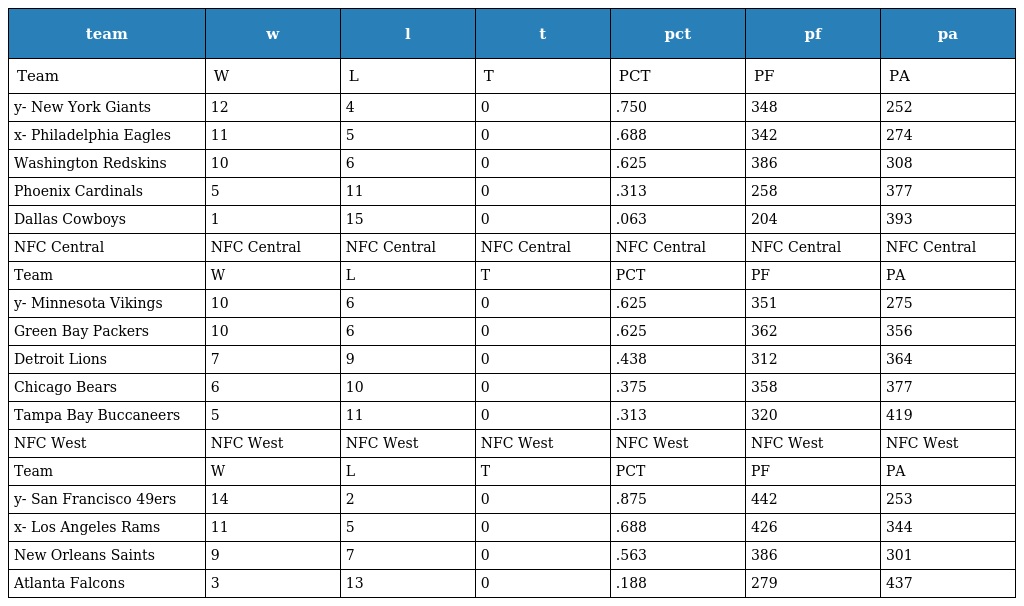
| team | w | l | t | pct | pf | pa |
 | --- | --- | --- | --- | --- | --- | --- |
 | Team | W | L | T | PCT | PF | PA |
 | y- New York Giants | 12 | 4 | 0 | .750 | 348 | 252 |
 | x- Philadelphia Eagles | 11 | 5 | 0 | .688 | 342 | 274 |
 | Washington Redskins | 10 | 6 | 0 | .625 | 386 | 308 |
 | Phoenix Cardinals | 5 | 11 | 0 | .313 | 258 | 377 |
 | Dallas Cowboys | 1 | 15 | 0 | .063 | 204 | 393 |
 | NFC Central | NFC Central | NFC Central | NFC Central | NFC Central | NFC Central | NFC Central |
 | Team | W | L | T | PCT | PF | PA |
 | y- Minnesota Vikings | 10 | 6 | 0 | .625 | 351 | 275 |
 | Green Bay Packers | 10 | 6 | 0 | .625 | 362 | 356 |
 | Detroit Lions | 7 | 9 | 0 | .438 | 312 | 364 |
 | Chicago Bears | 6 | 10 | 0 | .375 | 358 | 377 |
 | Tampa Bay Buccaneers | 5 | 11 | 0 | .313 | 320 | 419 |
 | NFC West | NFC West | NFC West | NFC West | NFC West | NFC West | NFC West |
 | Team | W | L | T | PCT | PF | PA |
 | y- San Francisco 49ers | 14 | 2 | 0 | .875 | 442 | 253 |
 | x- Los Angeles Rams | 11 | 5 | 0 | .688 | 426 | 344 |
 | New Orleans Saints | 9 | 7 | 0 | .563 | 386 | 301 |
 | Atlanta Falcons | 3 | 13 | 0 | .188 | 279 | 437 |